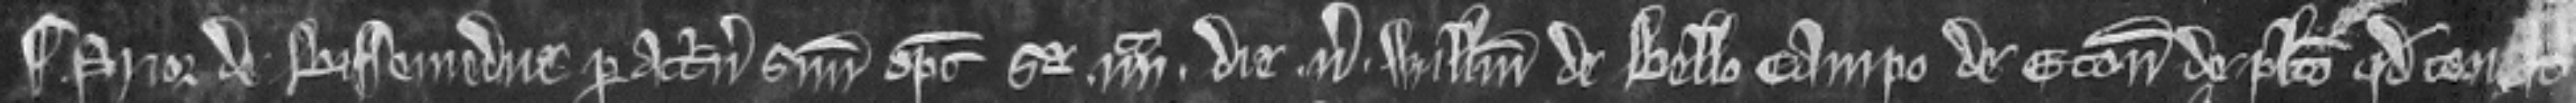
¶ Prior de Bissemedue per attornatum suum optulit se illito die. versus. Willelmum de Bello Campo de Eton de placito quod teneat